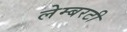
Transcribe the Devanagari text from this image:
लेम्बरटी